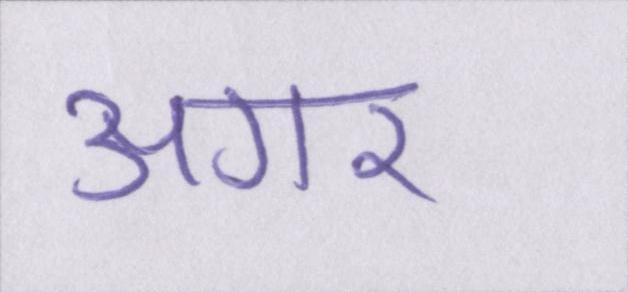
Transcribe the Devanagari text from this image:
अगर